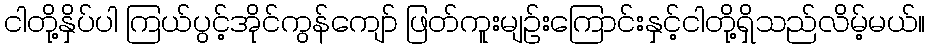
ငါတို့နှိပ်ပါ ကြယ်ပွင့်အိုင်ကွန်ကျော် ဖြတ်ကူးမျဉ်းကြောင်းနှင့်ငါတို့ရှိသည်လိမ့်မယ်။